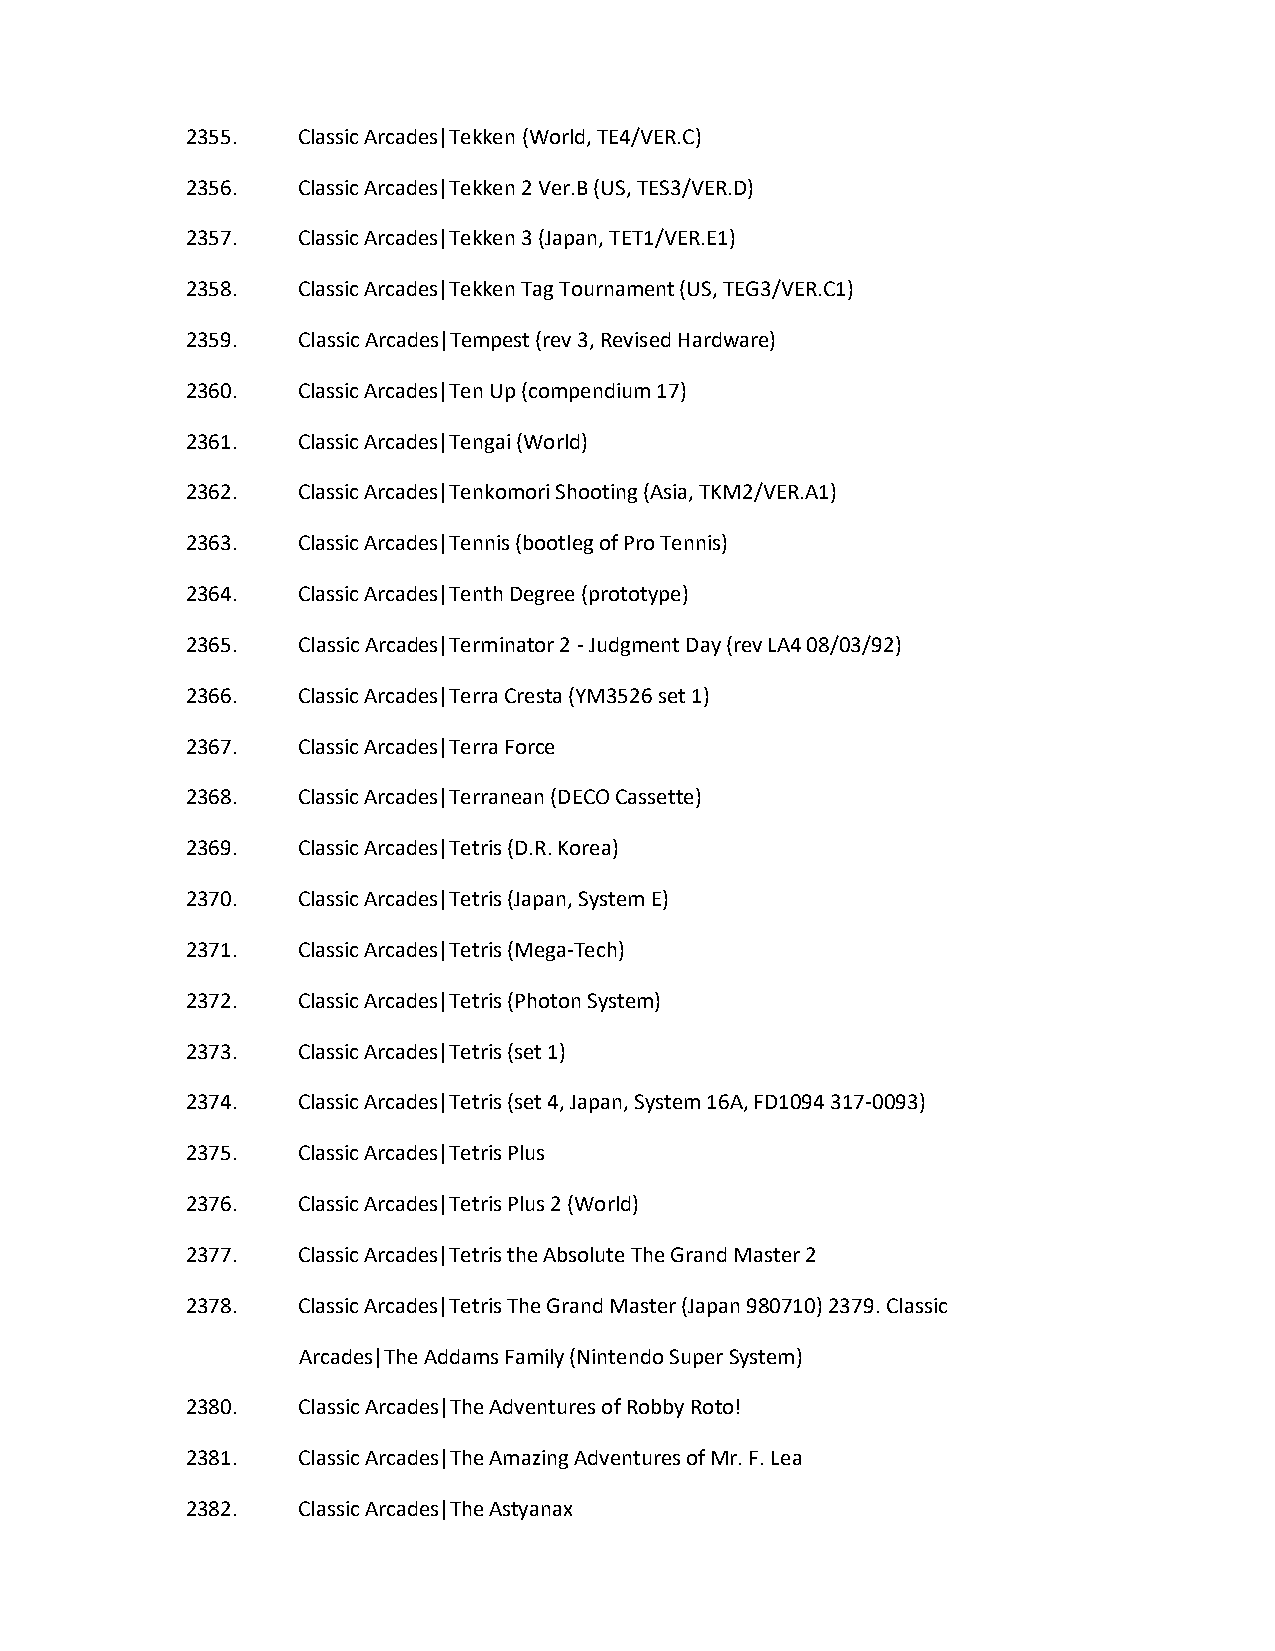
2355.   Classic Arcades|Tekken (World, TE4/VER.C)
 2356.   Classic Arcades|Tekken 2 Ver.B (US, TES3/VER.D)
 2357.   Classic Arcades|Tekken 3 (Japan, TET1/VER.E1)
 2358.   Classic Arcades|Tekken Tag Tournament (US, TEG3/VER.C1)
 2359.   Classic Arcades|Tempest (rev 3, Revised Hardware)
 2360.   Classic Arcades|Ten Up (compendium 17)
 2361.   Classic Arcades|Tengai (World)
 2362.   Classic Arcades|Tenkomori Shooting (Asia, TKM2/VER.A1)
 2363.   Classic Arcades|Tennis (bootleg of Pro Tennis)
 2364.   Classic Arcades|Tenth Degree (prototype)
 2365.   Classic Arcades|Terminator 2 - Judgment Day (rev LA4 08/03/92)
 2366.   Classic Arcades|Terra Cresta (YM3526 set 1)
 2367.   Classic Arcades|Terra Force
 2368.   Classic Arcades|Terranean (DECO Cassette)
 2369.   Classic Arcades|Tetris (D.R. Korea)
 2370.   Classic Arcades|Tetris (Japan, System E)
 2371.   Classic Arcades|Tetris (Mega-Tech)
 2372.   Classic Arcades|Tetris (Photon System)
 2373.   Classic Arcades|Tetris (set 1)
 2374.   Classic Arcades|Tetris (set 4, Japan, System 16A, FD1094 317-0093)
 2375.   Classic Arcades|Tetris Plus
 2376.   Classic Arcades|Tetris Plus 2 (World)
 2377.   Classic Arcades|Tetris the Absolute The Grand Master 2
 2378.   Classic Arcades|Tetris The Grand Master (Japan 980710) 2379. Classic
 Arcades|The Addams Family (Nintendo Super System)
 2380.   Classic Arcades|The Adventures of Robby Roto!
 2381.   Classic Arcades|The Amazing Adventures of Mr. F. Lea
 2382.   Classic Arcades|The Astyanax